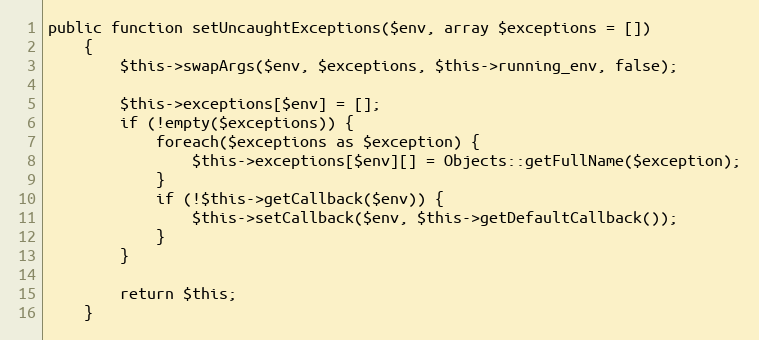
Language: PHP
public function setUncaughtExceptions($env, array $exceptions = [])
    {
        $this->swapArgs($env, $exceptions, $this->running_env, false);

        $this->exceptions[$env] = [];
        if (!empty($exceptions)) {
            foreach($exceptions as $exception) {
                $this->exceptions[$env][] = Objects::getFullName($exception);
            }
            if (!$this->getCallback($env)) {
                $this->setCallback($env, $this->getDefaultCallback());
            }
        }

        return $this;
    }